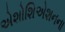
એશોશિએશનના